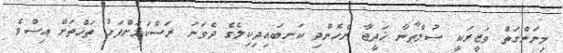
މިނަންގަތް ވަޒީރަކީ ސުލްޠާނާ ޚަދީޖާ ރެހެންދި ކަނބައިދިކިލެގެ ދެވަނަ ރަސްކަމަށްފަހު ތަޚްތަށް އިސްވެ